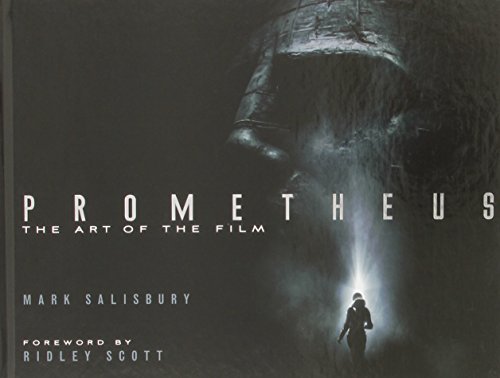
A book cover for Prometheus: The Art of the Film; Mark Salisbury; Humor & Entertainment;